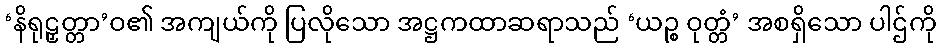
‘နိရုဠှတ္တာ’ဝ၏ အကျယ်ကို ပြလိုသော အဋ္ဌကထာဆရာသည် ‘ယဉ္စ ဝုတ္တံ’ အစရှိသော ပါဌ်ကို